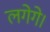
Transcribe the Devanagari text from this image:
लगेगे।